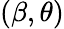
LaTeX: (\beta,\theta)